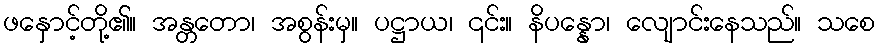
ဖနှောင့်တို့၏။ အန္တတော၊ အစွန်းမှ။ ပဋ္ဌာယ၊ ၎င်း။ နိပန္နော၊ လျောင်းနေသည်။ သစေ